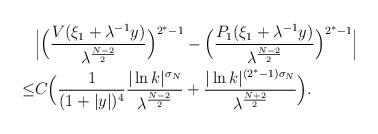
LaTeX: \begin{align*}&\Bigl|\Bigl(\frac{ V( \xi_1+\lambda^{-1} y)}{\lambda^{\frac{N-2}2}}\Bigr)^{2^*-1} -\Bigl(\frac{ P_1( \xi_1+\lambda^{-1} y)}{\lambda^{\frac{N-2}2}}\Bigr)^{2^*-1}\Bigr|\\ \le & C \Bigl( \frac1{ (1+|y|)^4 }\frac{ |\ln k|^{\sigma_N} }{\lambda^{\frac{N-2}2}}+ \frac{ |\ln k|^{(2^*-1)\sigma_N}}{\lambda^{\frac{N+2}2}}\Bigr).\end{align*}